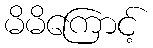
မိမိကြောင့်